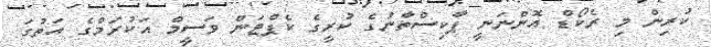
ކުރިން މި ރެކޯޑް އޮންނަނީ ޕާކިސްތާނުގެ ކުރީގެ ކެޕްޓަން ވަސީމް އަކުރަމްގެ އަތުގަ